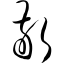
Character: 敬